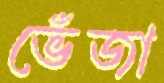
ভেঁজা